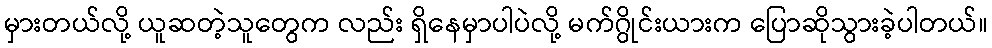
မှားတယ်လို့ ယူဆတဲ့သူတွေက လည်း ရှိနေမှာပါပဲလို့ မက်ဂွိုင်းယားက ပြောဆိုသွားခဲ့ပါတယ်။